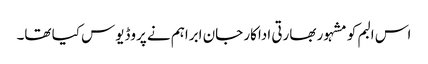
اس البم کو مشہور بھارتی اداکار جان ابراہم نے پروڈیوس کیا تھا۔